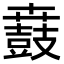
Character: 鼖